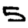
Digit: 5